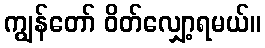
ကျွန်တော် ဝိတ်လျှော့ရမယ်။